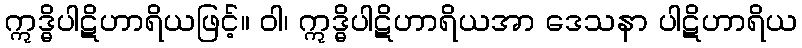
ဣဒ္ဓိပါဋိဟာရိယဖြင့်။ ဝါ၊ ဣဒ္ဓိပါဋိဟာရိယအာ ဒေသနာ ပါဋိဟာရိယ